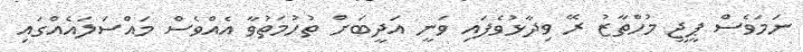
ނަމަވެސް ޕީޖީ މުހްތާޒު ރޭ ވިދާޅުވެފައި ވަނީ އަދީބަށް ތުހުމަތުވާ އެއްވެސް މައްސަލައެއްގައި